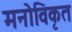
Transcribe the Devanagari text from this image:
मनोविकृत